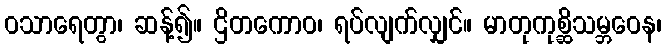
ဝသာရေတွာ၊ ဆန့်၍။ ဌိတကောဝ၊ ရပ်လျက်လျှင်။ မာတုကုစ္ဆိသမ္ဘဝေန၊